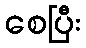
စေပြီး